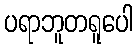
ပရာဘူတရူပေါ